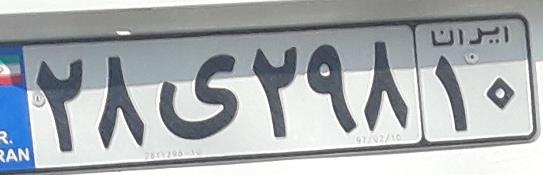
۲۸ی۲۹۸۱۰